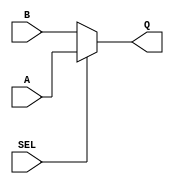
// DataSelector.v
// Project: DataSelector
// Status: Draft
// Version: 1.0
// Board: LogiPi
//----------------------------------------------------------------------------------------
// From "Programming FPGAs - Gettings started with verilog" book adapted for Logi-Pi
//-----------------------------------------------------------------------------------------

module data_selector(
    input A,
    input B,
    input SEL,
    output reg Q
);

initial
    begin
        $display("RUN starting ...");
    end


always @(A or B or SEL)
    begin
        if (SEL)
            Q = A;
        else
            Q = B;
    end


endmodule